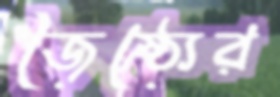
জৈষ্ঠ্যের